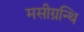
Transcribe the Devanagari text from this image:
मसीग्रन्थि